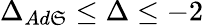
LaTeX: \Delta_{Ad\mathfrak{S}}\leq\Delta\leq-2